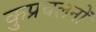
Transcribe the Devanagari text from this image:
कुप्रचलनों